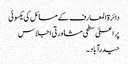
دائرۃ المعارف کے مسائل کی یکسوئی
پر اعلیٰ سطحی مشاورتی اجلاس
حیدرآباد ۔